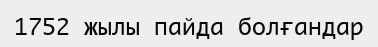
1752 жылы пайда болғандар